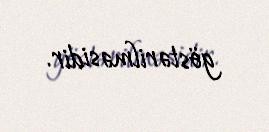
göstərilməsidir.